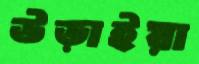
উড়াইয়া